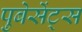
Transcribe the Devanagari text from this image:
पुबेसेंट्स